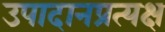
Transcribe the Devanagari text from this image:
उपादानप्रत्यक्ष